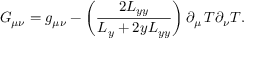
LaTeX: G _ { \mu \nu } = g _ { \mu \nu } - \left( \frac { 2 L _ { y y } } { L _ { y } + 2 y L _ { y y } } \right) \partial _ { \mu } \thinspace T \partial _ { \nu } T .